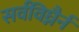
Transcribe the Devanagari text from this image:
सर्वविघ्नैर्न